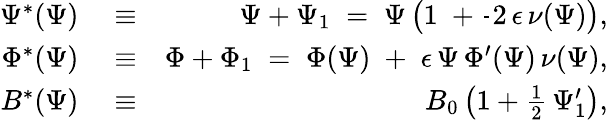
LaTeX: \begin{array}{rlr}{\Psi^{*}(\Psi)}&{{}\equiv}&{\Psi+\Psi_{1}\; =\; \Psi\left(1\; +\frac{}{}2\, \epsilon\, \nu(\Psi)\right),}\\ {\Phi^{*}(\Psi)}&{{}\equiv}&{\Phi+\Phi_{1}\; =\; \Phi(\Psi)\; +\; \epsilon\, \Psi\, \Phi^{\prime}(\Psi)\, \nu(\Psi),}\\ {B^{*}(\Psi)}&{{}\equiv}&{B_{0}\left(1+\frac{1}{2}\, \Psi_{1}^{\prime}\right),}\end{array}